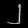
Digit: ၂